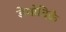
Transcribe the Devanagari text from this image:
डेमोदिके